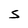
Character: S